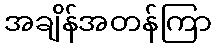
အချိန်အတန်ကြာ